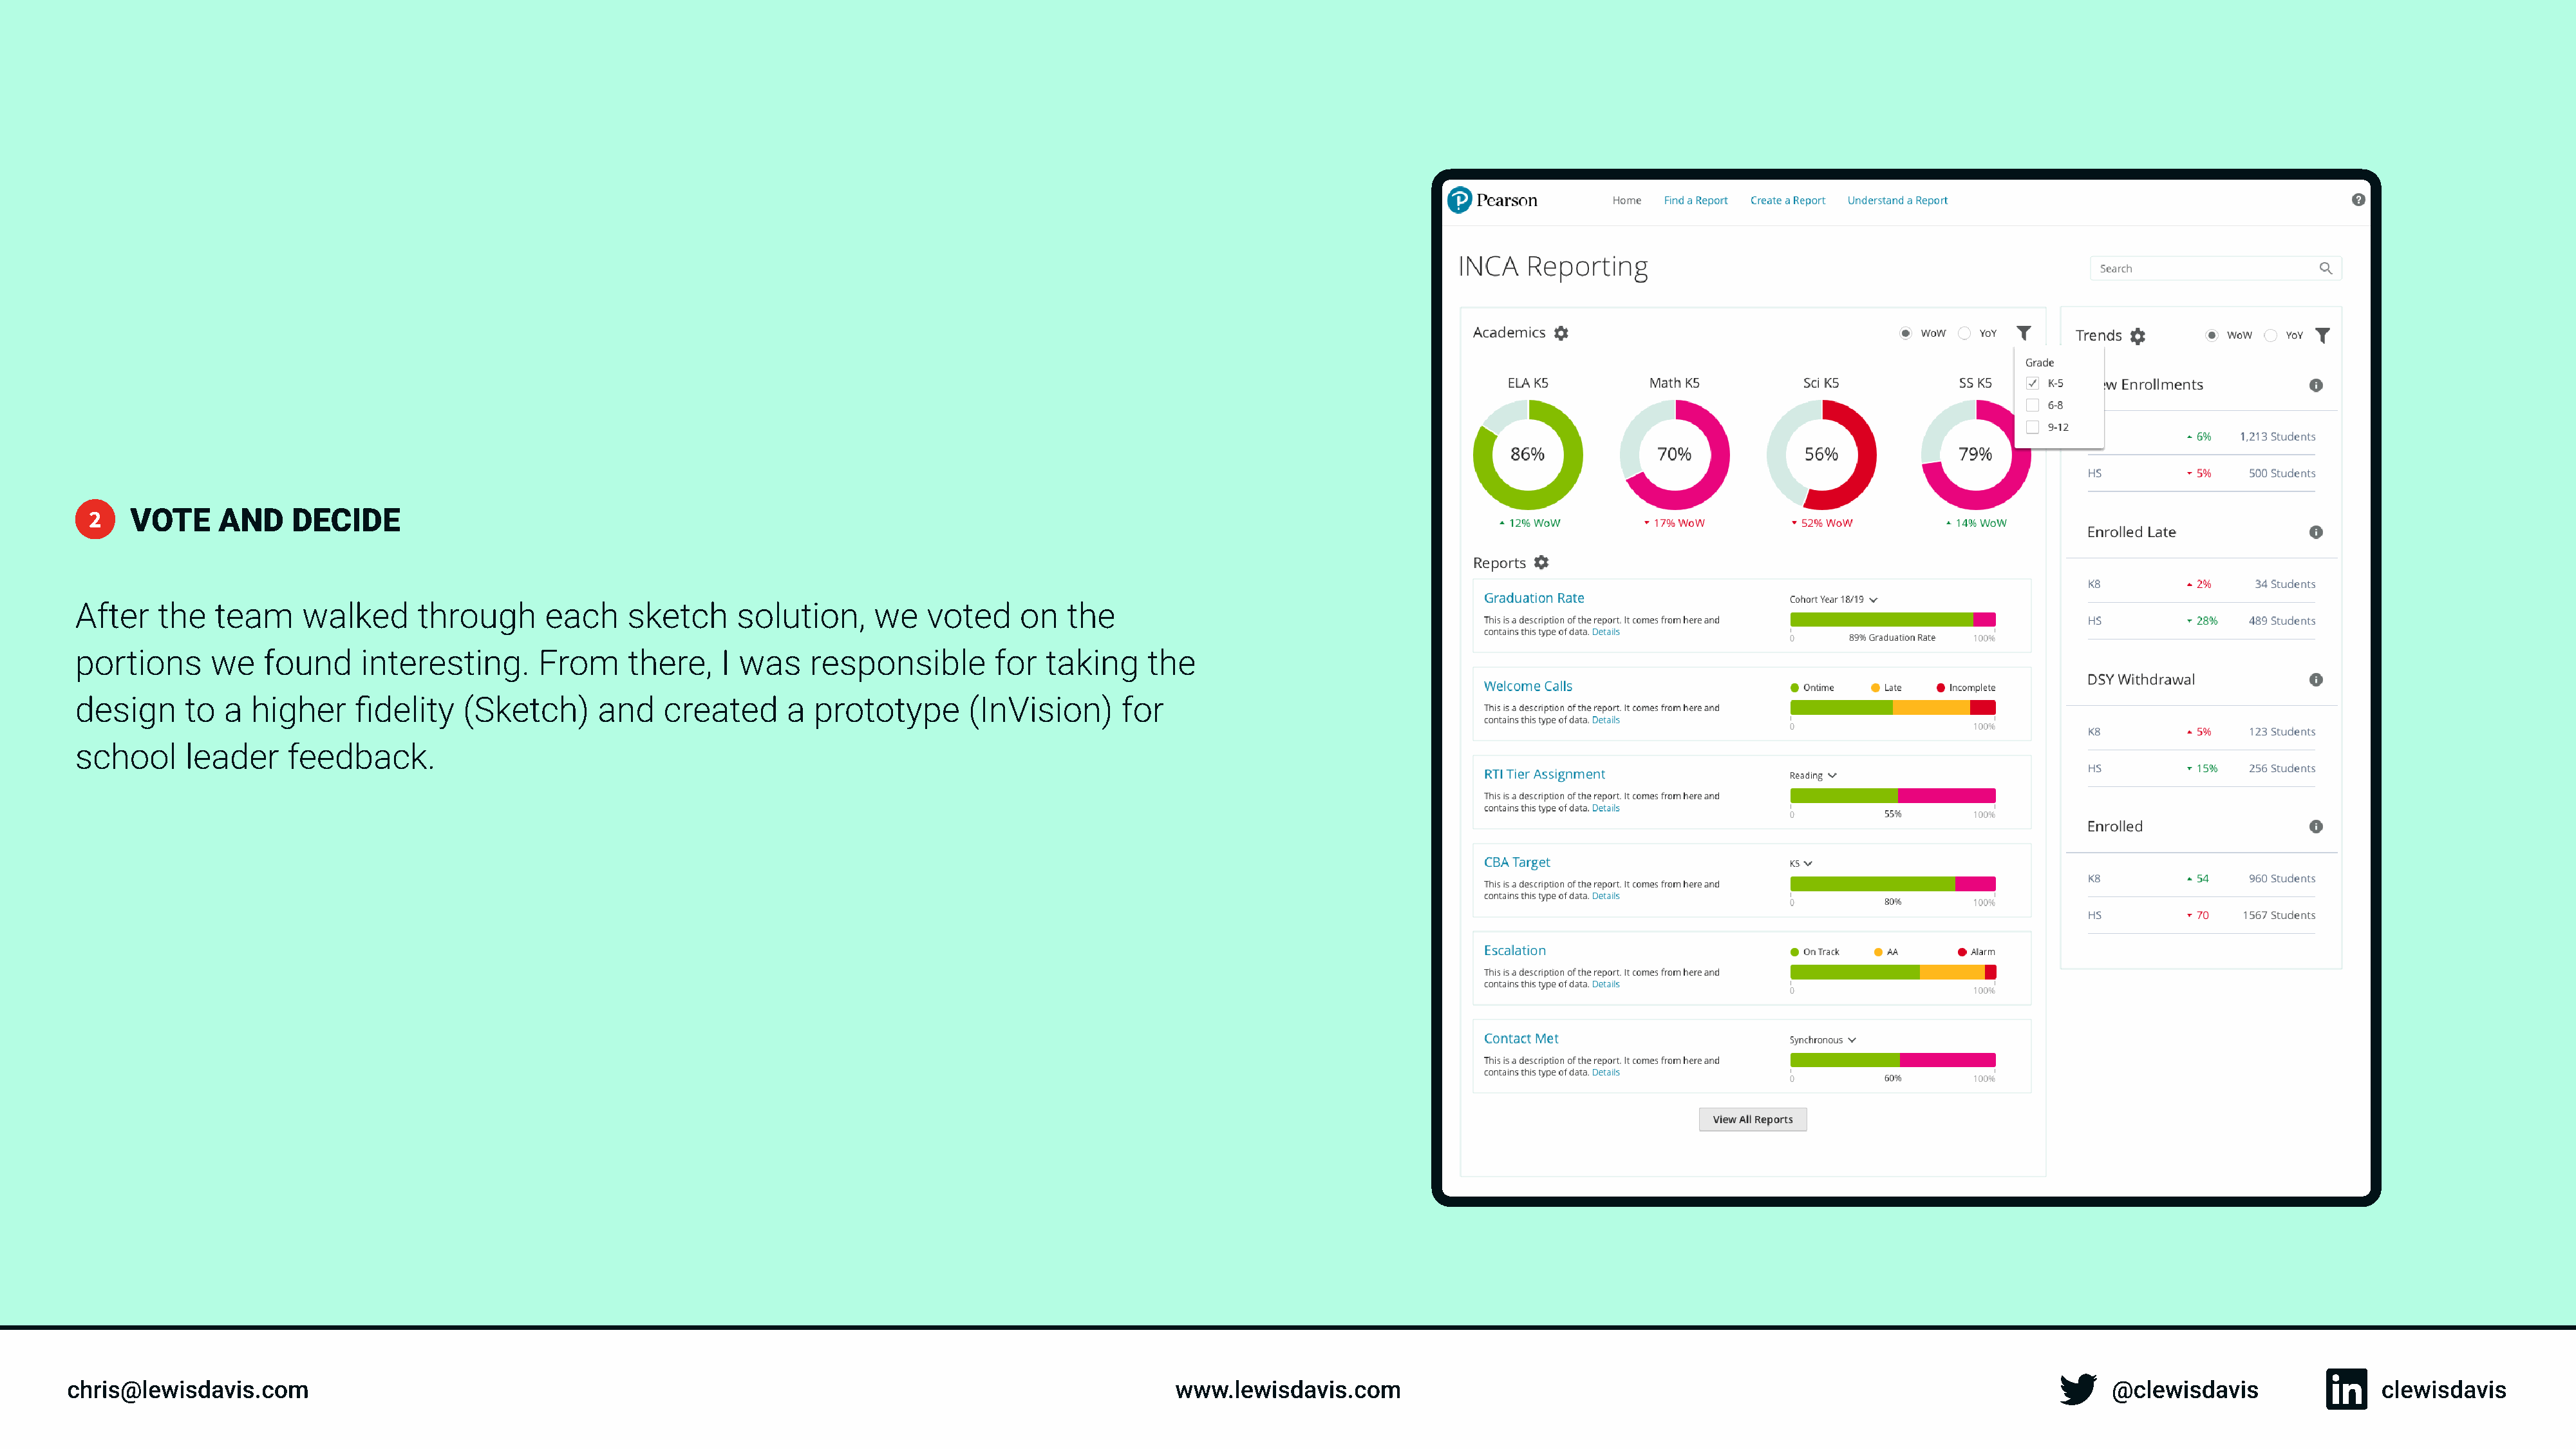
2   Vote     and     decide
 After   the   team     walked      through      each    sketch      solution,     we   voted     on   the
 portions      we   found     interesting.      From      there,   I was    responsible        for  taking     the
 design     to  a  higher    fidelity    (Sketch)     and    created      a  prototype       (InVision)     for
 school     leader     feedback.
 chris@lewisdavis.com                                                                                              www.lewisdavis.com                                                                              @clewisdavis                clewisdavis